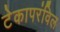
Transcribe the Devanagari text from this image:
टेकापरंविल